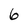
Character: 6